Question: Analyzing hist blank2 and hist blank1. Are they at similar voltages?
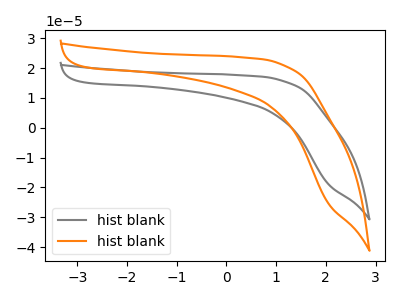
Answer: <think>The gray curve "hist blank1" has no peaks. The orange curve "hist blank2" has no peaks.
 Neither "hist blank2" or "hist blank1" have any peaks.</think>
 <answer>"hist blank2" and "hist blank1" are similar in shape.</answer>
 <eval>same_shape</eval>